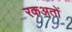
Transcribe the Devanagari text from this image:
रकअतों